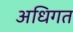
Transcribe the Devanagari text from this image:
अधिगत